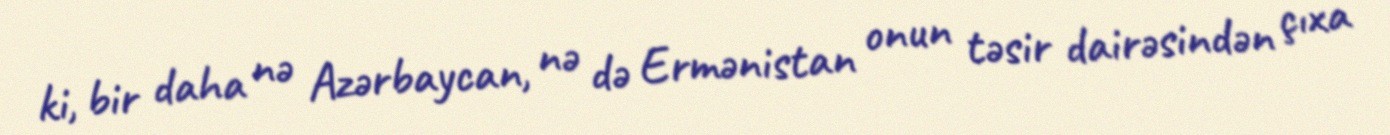
ki, bir daha nə Azərbaycan, nə də Ermənistan onun təsir dairəsindən çıxa